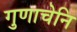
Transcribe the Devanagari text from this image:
गुणाचेनि